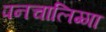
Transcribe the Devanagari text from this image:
पनचालिग्गा